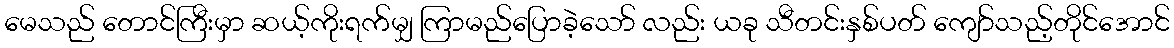
မေသည် တောင်ကြီးမှာ ဆယ့်ကိုးရက်မျှ ကြာမည်ပြောခဲ့သော် လည်း ယခု သီတင်းနှစ်ပတ် ကျော်သည့်တိုင်အောင်